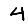
Digit: 4